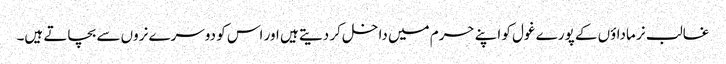
غالب نر ماداؤں کے پورے غول کو اپنے حرم میں داخل کر دیتے ہیں اور اس کو دوسرے نروں سے بچاتے ہیں۔